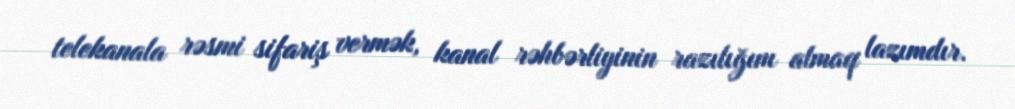
telekanala rəsmi sifariş vermək, kanal rəhbərliyinin razılığını almaq lazımdır.